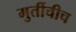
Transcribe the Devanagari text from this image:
मुर्तीचीच